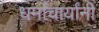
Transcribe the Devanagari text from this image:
धर्माचार्यांनी